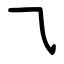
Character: ⺄